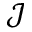
\mathcal { J }